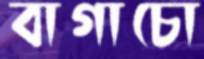
বাগাচো